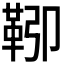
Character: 𩊎